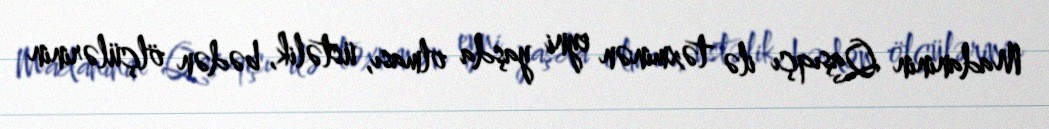
Madaninin Qaşıqçı ilə təxminən eyni yaşda olması, üstəlik, bədən ölçülərinin